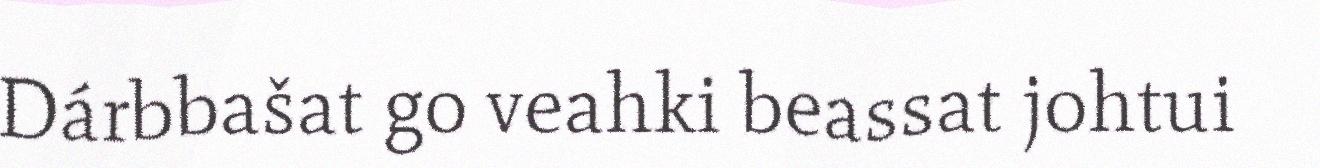
Dárbbašat go veahki beassat johtui